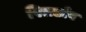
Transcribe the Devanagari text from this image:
पिलछाँव